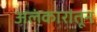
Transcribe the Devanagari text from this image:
अलंकारांतून